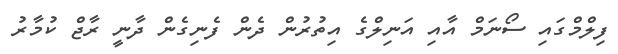
ފިލްމްގައި ސޯނަމް އާއި އަނިލްގެ އިތުރުން ދެން ފެނިގެން ދާނީ ރާޖް ކުމާރު